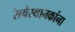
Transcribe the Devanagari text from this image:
रेल्वेस्थानकांना